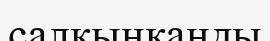
салқынқанды